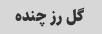
گل رز چنده